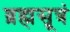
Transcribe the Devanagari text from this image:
ब्रह्मसूत्रं